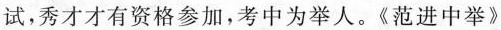
试，秀才才有资格参加，考中为举人。《范进中举》